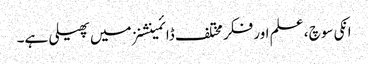
انکی سوچ ، علم اور فکر مختلف ڈائمینشنز میں پھیلی ہے۔